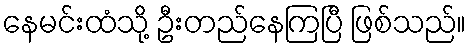
နေမင်းထံသို့ ဦးတည်နေကြပြီ ဖြစ်သည်။